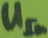
Text: UIN